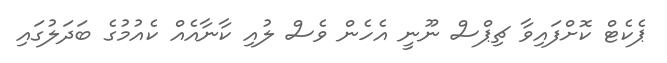
ޕެކެޓް ކޮށްފައިވާ ޗިޕްސް ނޫނީ އެހެން ވެސް ލުއި ކާނާއެއް ކެއުމުގެ ބަދަލުގައި